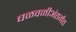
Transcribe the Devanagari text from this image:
चळवळीअंतर्गत